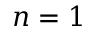
n = 1